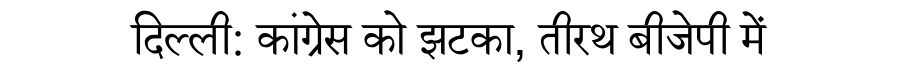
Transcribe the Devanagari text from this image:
दिल्ली: कांग्रेस को झटका, तीरथ बीजेपी में